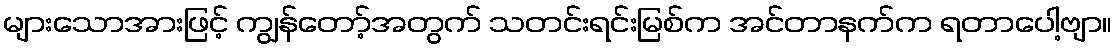
များသောအားဖြင့် ကျွန်တော့်အတွက် သတင်းရင်းမြစ်က အင်တာနက်က ရတာပေါ့ဗျာ။